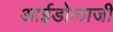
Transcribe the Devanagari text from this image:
आईडोलाजी